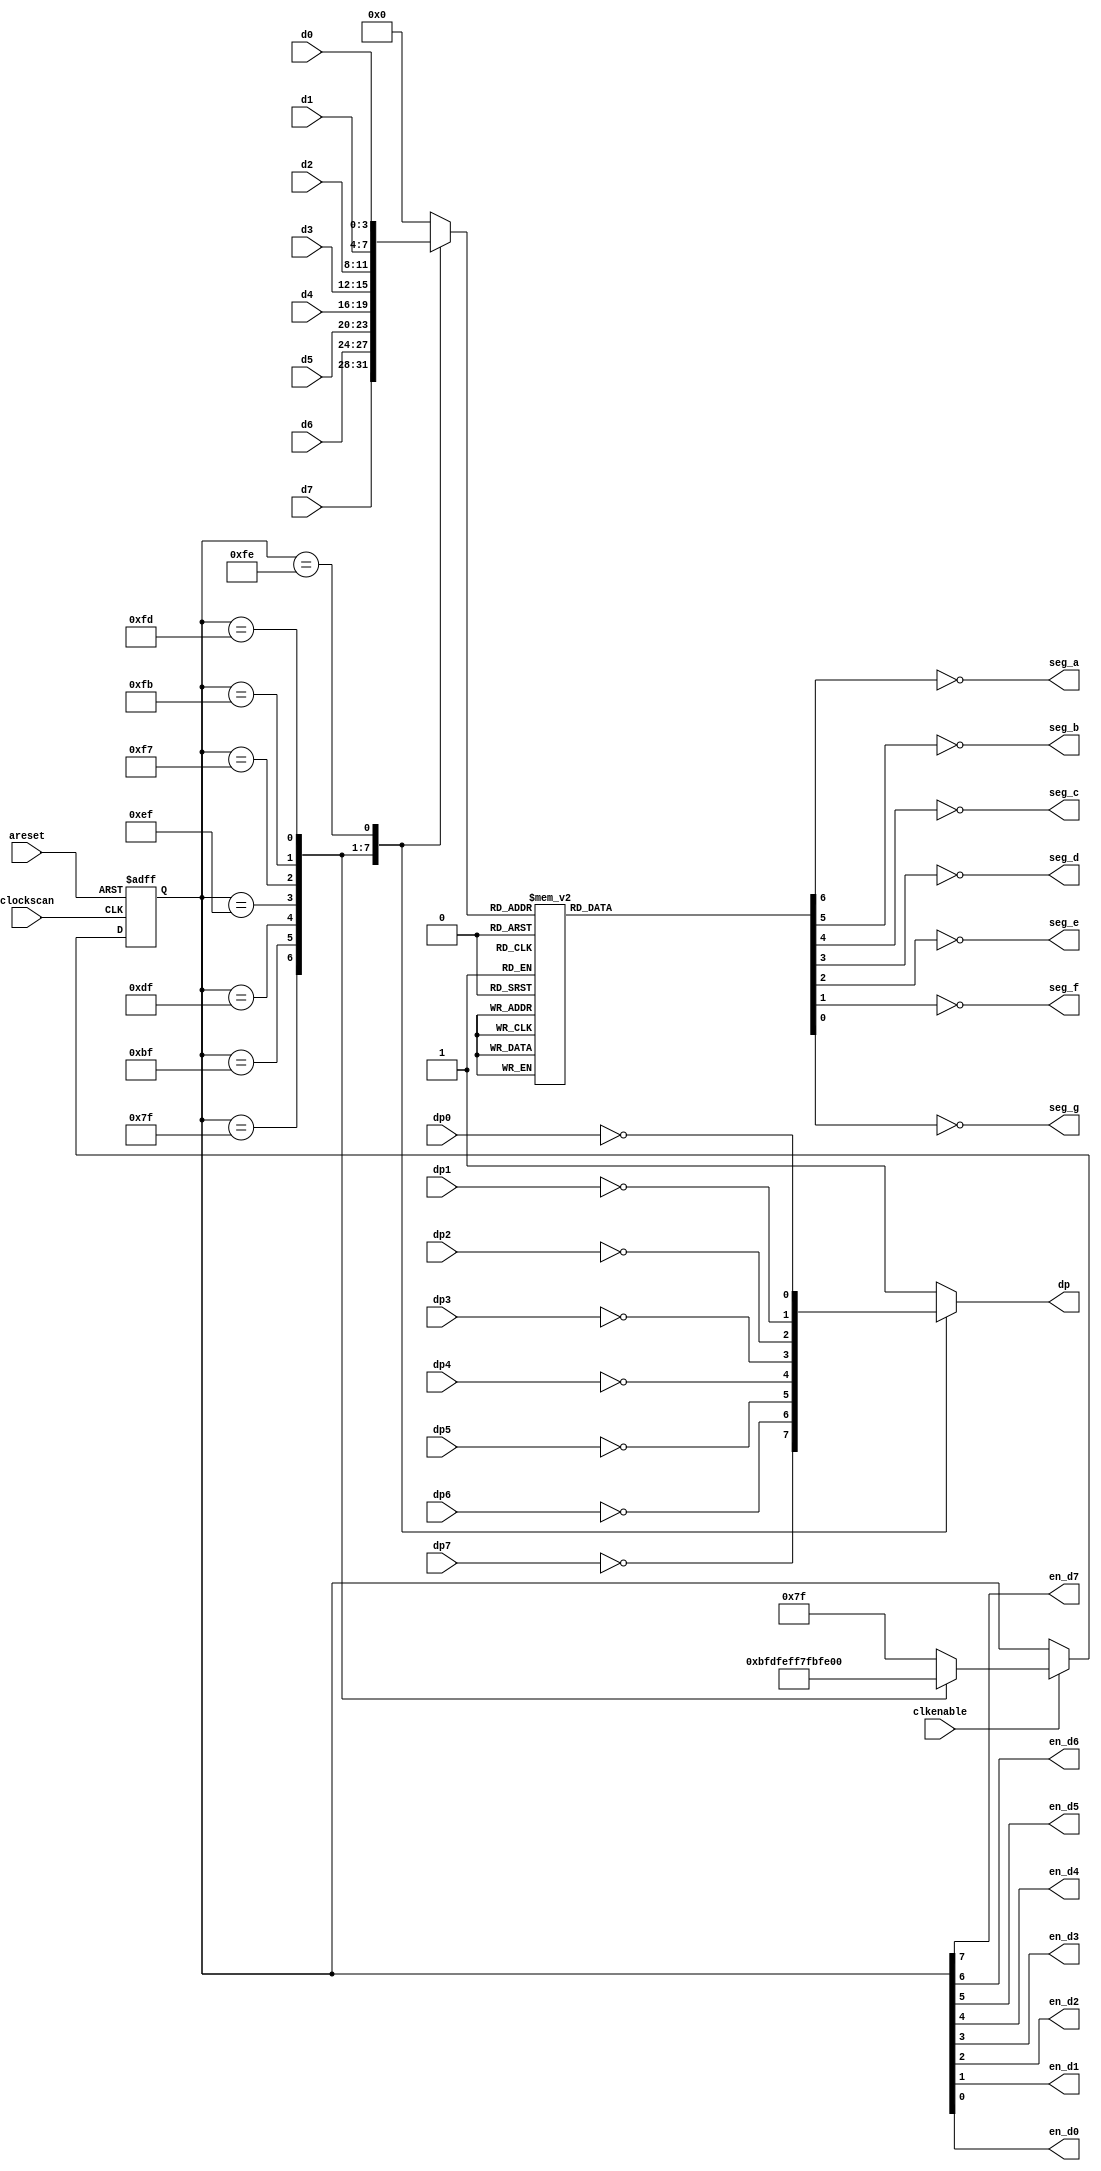
module disp7seg(clockscan, areset, clkenable,
                 d7, d6, d5, d4, d3, d2, d1, d0,
                 dp7, dp6, dp5, dp4, dp3, dp2, dp1, dp0,
                 dp, seg_a, seg_b, seg_c, seg_d, seg_e, seg_f, seg_g,
                 en_d7, en_d6, en_d5, en_d4, en_d3, en_d2, en_d1, en_d0 );
                 
input       clockscan, areset;
input       clkenable;
input [3:0] d7, d6, d5, d4, d3, d2, d1, d0;
input       dp7, dp6, dp5, dp4, dp3, dp2, dp1, dp0;
output      dp, seg_a, seg_b, seg_c, seg_d, seg_e, seg_f, seg_g;
output      en_d7, en_d6, en_d5, en_d4, en_d3, en_d2, en_d1, en_d0;
reg         dp;

reg    [3:0] out_display;
reg    [7:0] en_disp;


reg    [6:0] segments;


assign en_d7 = en_disp[7];
assign en_d6 = en_disp[6];
assign en_d5 = en_disp[5];
assign en_d4 = en_disp[4];
assign en_d3 = en_disp[3];
assign en_d2 = en_disp[2];
assign en_d1 = en_disp[1];
assign en_d0 = en_disp[0];


assign seg_a = ~segments[6];
assign seg_b = ~segments[5];
assign seg_c = ~segments[4];
assign seg_d = ~segments[3];
assign seg_e = ~segments[2];
assign seg_f = ~segments[1];
assign seg_g = ~segments[0];


// hex to 7-segment decoder
always @( out_display )
begin
  case ( out_display )
    4'b0000: begin
               segments = 7'b1111110;
             end
    4'b0001: begin
               segments = 7'b0110000;
             end
    4'b0010: begin
               segments = 7'b1101101;
             end
    4'b0011: begin
               segments = 7'b1111001;
             end
    4'b0100: begin
               segments = 7'b0110011;
             end
    4'b0101: begin
               segments = 7'b1011011;
             end
    4'b0110: begin
               segments = 7'b1011111;
             end
    4'b0111: begin
               segments = 7'b1110000;
             end
    4'b1000: begin
               segments = 7'b1111111;
             end
    4'b1001: begin
               segments = 7'b1111011;
             end             
    4'b1010: begin
               segments = 7'b1110111;
             end
    4'b1011: begin
               segments = 7'b0011111;
             end
    4'b1100: begin
               segments = 7'b0001101;
             end
    4'b1101: begin
               segments = 7'b0111101;
             end
    4'b1110: begin
               segments = 7'b1001111;
             end
    4'b1111: begin
               segments = 7'b1000111;
             end
  endcase
end


// output multiplexer
always @( en_disp or d0 or d1 or d2 or d3 or d4 or d5 or d6 or d7 or dp0 or dp1 or dp2 or dp3 or dp4 or dp5 or dp6 or dp7)
begin
  casex ( en_disp )
    8'b01111111: begin
               out_display = d7;
               dp = ~dp7;
             end
    8'b10111111: begin
               out_display = d6;
               dp = ~dp6;
             end
    8'b11011111: begin
               out_display = d5;
               dp = ~dp5;
             end
    8'b11101111: begin
               out_display = d4;
               dp = ~dp4;
             end
    8'b11110111: begin
               out_display = d3;
               dp = ~dp3;
             end
    8'b11111011: begin
               out_display = d2;
               dp = ~dp2;
             end
    8'b11111101: begin
               out_display = d1;
               dp = ~dp1;
             end
    8'b11111110: begin
               out_display = d0;
               dp = ~dp0;
             end
    default: begin
               out_display = 8'b00000000;
               dp = 1'b1;
             end
  endcase
end


// display scan
always @(posedge clockscan or posedge areset)
begin
  if ( areset )
  begin
    en_disp <= 8'b11111111;    // 0111 !!!
  end
  else
  if ( clkenable )
  begin
    case ( en_disp )
      8'b01111111: en_disp <= 8'b10111111;
      8'b10111111: en_disp <= 8'b11011111;
      8'b11011111: en_disp <= 8'b11101111;
      8'b11101111: en_disp <= 8'b11110111;
      8'b11110111: en_disp <= 8'b11111011;
      8'b11111011: en_disp <= 8'b11111101;
      8'b11111101: en_disp <= 8'b11111110;
      8'b11111110: en_disp <= 8'b01111111;
      default: en_disp <= 8'b01111111;  //4'b0111;
    endcase
  end
end

endmodule